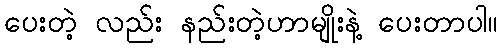
ပေးတဲ့ လည်း နည်းတဲ့ဟာမျိုးနဲ့ ပေးတာပါ။